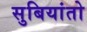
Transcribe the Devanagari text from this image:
सुबियांतो